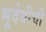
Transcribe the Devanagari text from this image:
भूदेवीची